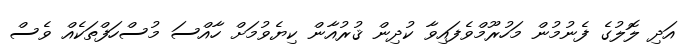
އަދި ލޮލުގެ ފެނުމުން މަހުރޫމްވެފައިވާ ކުދިން ޤުރުއާން ކިޔެވުމަށް ހާއްސަ މުސްހަފްތަކެއް ވެސް